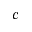
c